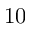
1 0